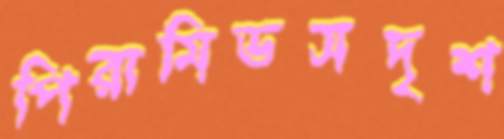
পিরামিডসদৃশ